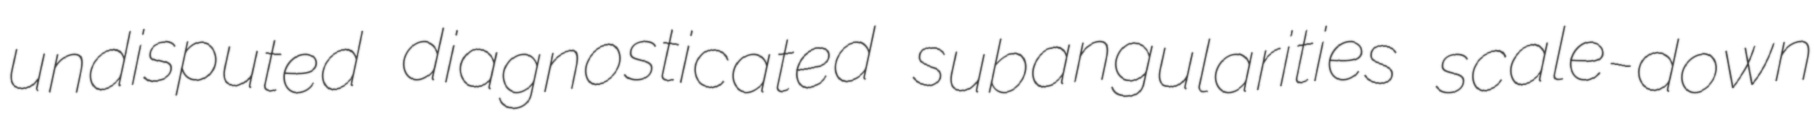
undisputed diagnosticated subangularities scale-down